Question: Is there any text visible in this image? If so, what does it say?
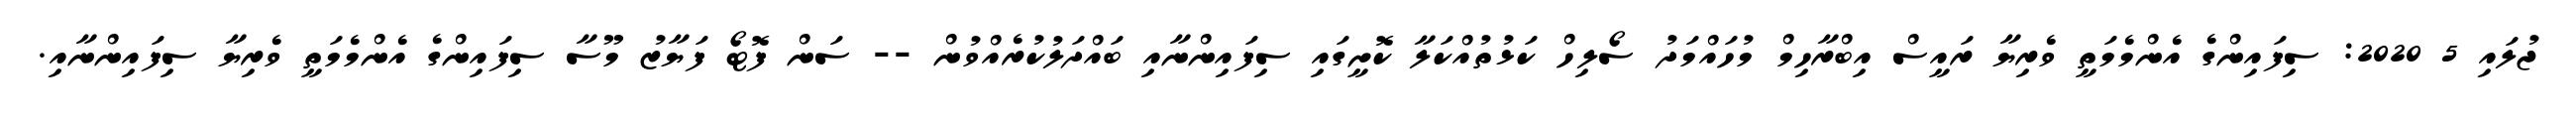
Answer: ޖުލައި 5 2020: ސިފައިންގެ އެންމެމަތީ ވެރިޔާ ރައީސް އިބްރާހިމް މުހައްމަދު ސޯލިހް ކަޅުތުއްކަލާ ކޮށީގައި ސިފައިންނާއި ބައްދަލުކުރެއްވުން -- ސަން ފޮޓޯ ފަޔާޒު މޫސާ ސިފައިންގެ އެންމެމަތީ ވެރިޔާ ސިފައިންނާއި.